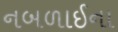
નબળાઈના